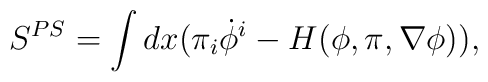
S^{PS} = \int dx(\pi_i \dot{\phi}^i - H(\phi, \pi, \nabla \phi)),